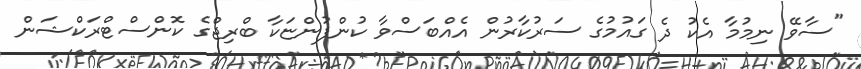
"ސާވޭ ނިމުމާ އެކު ދެ ގައުމުގެ ސަރުކާރުން އެއްބަސްވާ ކުންފުންޏަކާ ބްރިޖްގެ ކޮންސްޓްރަކްޝަން